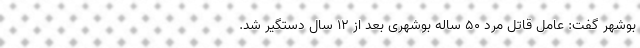
بوشهر گفت: عامل قاتل مرد ۵۰ ساله بوشهری بعد از ۱۲ سال دستگیر شد.